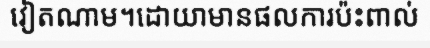
វៀតណាម។ដោយាមានផលការប៉ះពាល់